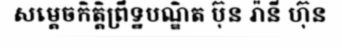
សម្តេចកិត្តិព្រឹទ្ឋបណ្ឌិត ប៊ុន រ៉ានី ហ៊ុន